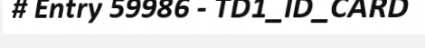
# Entry 59986 - TD1_ID_CARD